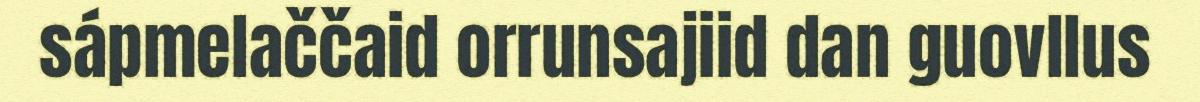
sápmelaččaid orrunsajiid dan guovllus